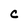
Character: c